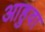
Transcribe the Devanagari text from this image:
आहुवा